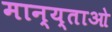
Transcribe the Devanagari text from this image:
मान्य्ताओ